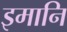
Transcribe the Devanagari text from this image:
इमानि